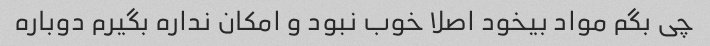
چی بگم مواد بیخود اصلا خوب نبود و امکان نداره بگیرم دوباره